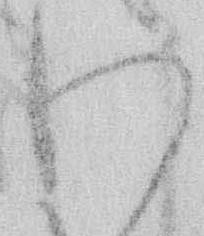
わ